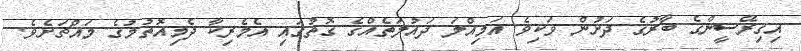
އިގިރޭސީންގެ ބާރުގެ ދަށުން ވަކިވެ އަމިއްލަ ދައުލަތެއްގެ ގޮތުގައި އެމެރިކާ ދެމިއޮތުމުގެ މައްޗަށެވެ.